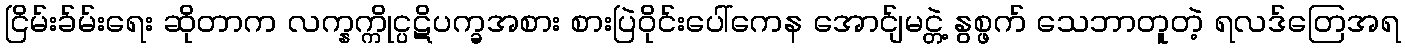
ငြိမ်းခ်မ်းရေး ဆိုတာက လက္နက္ကိုင္ပဋိပက္ခအစား စားပြဲဝိုင်းပေါ်ကေန အောင်ျမင္တဲ့ နွစ္ဖက် သေဘာတူတဲ့ ရလဒ်တြေအရ